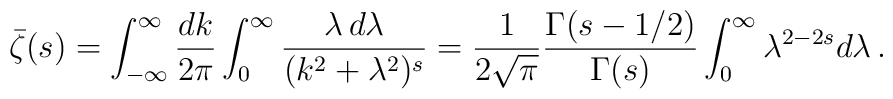
\bar \zeta (s) =\int^{\infty}_{-\infty}\frac{dk}{2\pi}\int_{0}^{\infty}\frac{\lambda\,d\lambda}{(k^2+\lambda^2)^s}=\frac{1}{2\sqrt{\pi}}\frac{\Gamma(s-1/2)}{\Gamma(s)}\int_{0}^{\infty}\lambda^{2-2s}d\lambda\,{.}